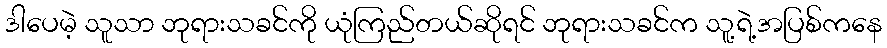
ဒါပေမဲ့ သူသာ ဘုရားသခင်ကို ယုံကြည်တယ်ဆိုရင် ဘုရားသခင်က သူ့ရဲ့အပြစ်ကနေ